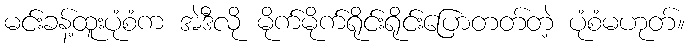
မင်းခန့်ထူးပုံစံက အဲဒီလို မိုက်မိုက်ရိုင်းရိုင်းပြောတတ်တဲ့ ပုံစံမဟုတ်။